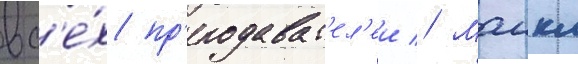
вс'е́х пр'еподават'ел'еи // Маикл